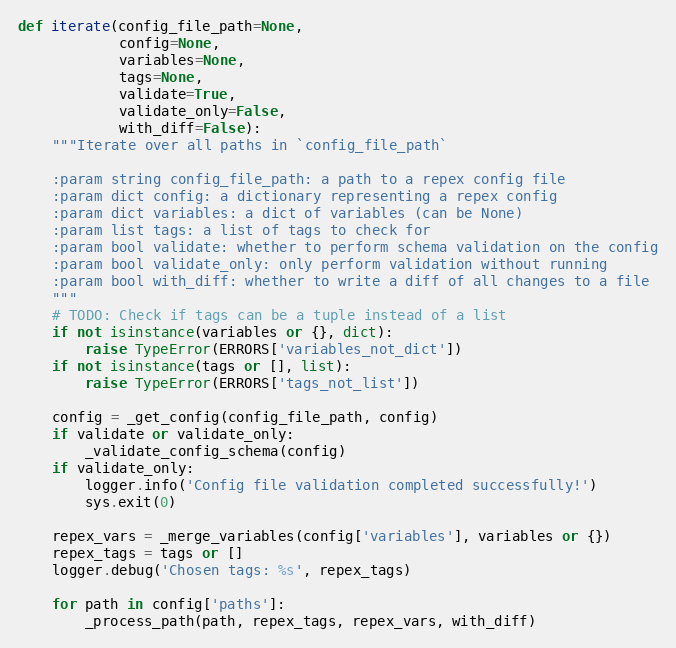
Language: Python
def iterate(config_file_path=None,
            config=None,
            variables=None,
            tags=None,
            validate=True,
            validate_only=False,
            with_diff=False):
    """Iterate over all paths in `config_file_path`

    :param string config_file_path: a path to a repex config file
    :param dict config: a dictionary representing a repex config
    :param dict variables: a dict of variables (can be None)
    :param list tags: a list of tags to check for
    :param bool validate: whether to perform schema validation on the config
    :param bool validate_only: only perform validation without running
    :param bool with_diff: whether to write a diff of all changes to a file
    """
    # TODO: Check if tags can be a tuple instead of a list
    if not isinstance(variables or {}, dict):
        raise TypeError(ERRORS['variables_not_dict'])
    if not isinstance(tags or [], list):
        raise TypeError(ERRORS['tags_not_list'])

    config = _get_config(config_file_path, config)
    if validate or validate_only:
        _validate_config_schema(config)
    if validate_only:
        logger.info('Config file validation completed successfully!')
        sys.exit(0)

    repex_vars = _merge_variables(config['variables'], variables or {})
    repex_tags = tags or []
    logger.debug('Chosen tags: %s', repex_tags)

    for path in config['paths']:
        _process_path(path, repex_tags, repex_vars, with_diff)